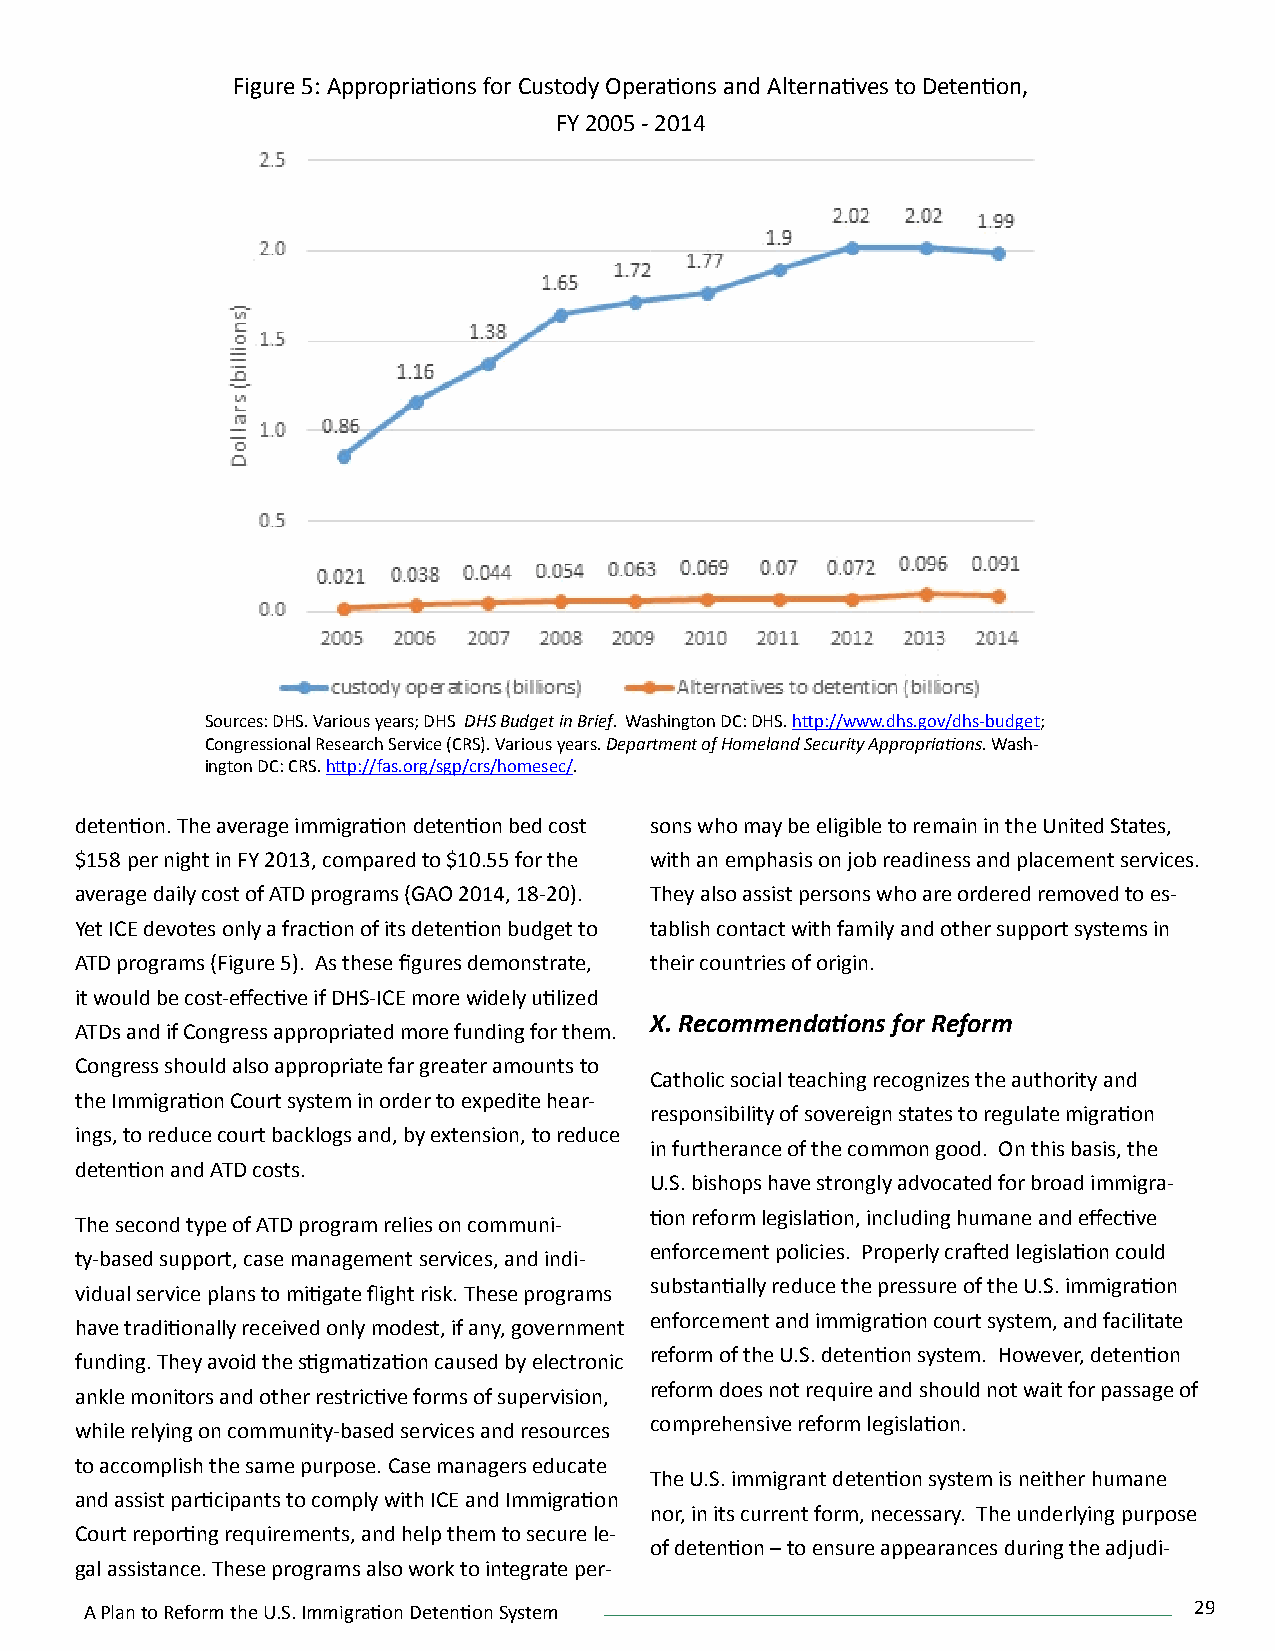
Figure 5: Appropriations for Custody Operations and Alternatives to Detention,
 FY 2005 - 2014
 Sources: DHS. Various years; DHS DHS Budget in Brief. Washington DC: DHS. http://www.dhs.gov/dhs-budget;
 Congressional Research Service (CRS). Various years. Department of Homeland Security Appropriations. Wash-
 ington DC: CRS. http://fas.org/sgp/crs/homesec/.
 detention. The average immigration detention bed cost sons who may be eligible to remain in the United States,
 $158 per night in FY 2013, compared to $10.55 for the with an emphasis on job readiness and placement services.
 average daily cost of ATD programs (GAO 2014, 18-20). They also assist persons who are ordered removed to es-
 Yet ICE devotes only a fraction of its detention budget to tablish contact with family and other support systems in
 ATD programs (Figure 5). As these figures demonstrate, their countries of origin.
 it would be cost-effective if DHS-ICE more widely utilized
 X. Recommendations for Reform
 ATDs and if Congress appropriated more funding for them.
 Congress should also appropriate far greater amounts to
 Catholic social teaching recognizes the authority and
 the Immigration Court system in order to expedite hear-
 responsibility of sovereign states to regulate migration
 ings, to reduce court backlogs and, by extension, to reduce
 in furtherance of the common good. On this basis, the
 detention and ATD costs.
 U.S. bishops have strongly advocated for broad immigra-
 tion reform legislation, including humane and effective
 The second type of ATD program relies on communi-
 enforcement policies. Properly crafted legislation could
 ty-based support, case management services, and indi-
 substantially reduce the pressure of the U.S. immigration
 vidual service plans to mitigate flight risk. These programs
 enforcement and immigration court system, and facilitate
 have traditionally received only modest, if any, government
 reform of the U.S. detention system. However, detention
 funding. They avoid the stigmatization caused by electronic
 reform does not require and should not wait for passage of
 ankle monitors and other restrictive forms of supervision,
 comprehensive reform legislation.
 while relying on community-based services and resources
 to accomplish the same purpose. Case managers educate
 The U.S. immigrant detention system is neither humane
 and assist participants to comply with ICE and Immigration
 nor, in its current form, necessary. The underlying purpose
 Court reporting requirements, and help them to secure le-
 of detention – to ensure appearances during the adjudi-
 gal assistance. These programs also work to integrate per-
 A Plan to Reform the U.S. Immigration Detention System                   29